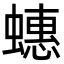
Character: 蟪